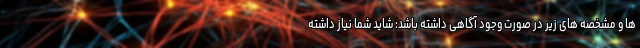
ها و مشخصه های زیر در صورت وجود آگاهی داشته باشد: شاید شما نیاز داشته